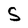
Character: S